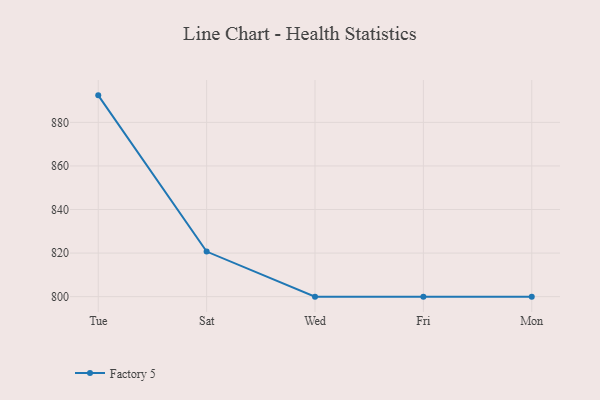
{"axis": {"x": "Day", "y": "Satisfaction Score"}, "legend": ["Factory 5"], "data": [{"x": "Tue", "y": 892.4, "type": "Factory 5"}, {"x": "Sat", "y": 820.7, "type": "Factory 5"}, {"x": "Wed", "y": 800, "type": "Factory 5"}, {"x": "Fri", "y": 800, "type": "Factory 5"}, {"x": "Mon", "y": 800, "type": "Factory 5"}]}